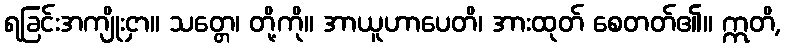
ရခြင်းအကျိုးငှာ။ သတ္တေ၊ တို့ကို။ အာယူဟာပေတိ၊ အားထုတ် စေတတ်၏။ ဣတိ,